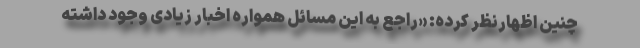
چنین اظهارنظر کرده: «راجع به این مسائل همواره اخبار زیادی وجود داشته